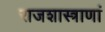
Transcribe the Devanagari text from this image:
राजशास्त्राणां